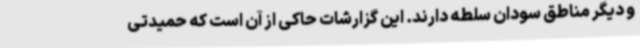
و دیگر مناطق سودان سلطه دارند. این گزارشات حاکی از آن است که حمیدتی